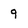
Character: 9